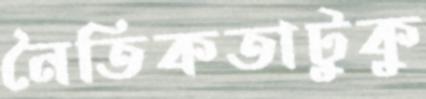
নৈতিকতাটুকু